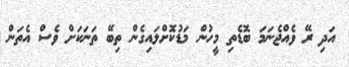
އަދި ރޭ ވެއްޖެނަމަ ބޮޑެތި މީހުން މަޑުކޮށްލައިގެން ތިބޭ ތަނަކަށް ވެސް އެތަން